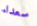
سعداء